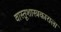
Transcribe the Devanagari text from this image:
वास्तूशास्त्रकाराला